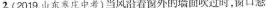
2.(2019山东庄中考)当风沿着窗外的墙面吹过时，窗口悬